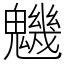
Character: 魕